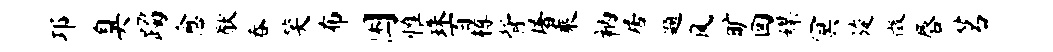
邛臭躅愈猷吞笑布困惟珠百樽背屠乘衲居题风旷回媒冥旋徵唇茗